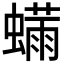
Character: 𬠬